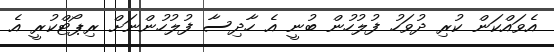
އެވައްކަން ކުރި ދުވަހު ފުލުހުން ބުނީ އެ ހާދިސާ ފުލުހުންނަށް ރިޕޯޓްކުރީ އެ